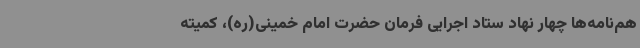
هم‌نامه‌ها چهار نهاد ستاد اجرایی فرمان حضرت امام خمینی(ره)، کمیته